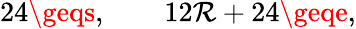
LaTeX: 24\geqs,\qquad12\mathcal{R}+24\geqe,